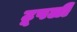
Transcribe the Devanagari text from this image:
टूपली